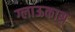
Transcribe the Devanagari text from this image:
ग्लाऊकास